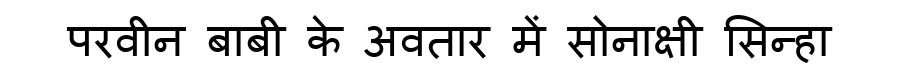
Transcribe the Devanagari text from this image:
परवीन बाबी के अवतार में सोनाक्षी सिन्हा